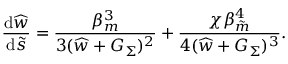
\frac { \mathrm { d } \widehat { w } } { \mathrm { d } \tilde { s } } = \frac { \beta _ { m } ^ { 3 } } { 3 ( \widehat { w } + G _ { \Sigma } ) ^ { 2 } } + \frac { \chi \beta _ { \tilde { m } } ^ { 4 } } { 4 ( \widehat { w } + G _ { \Sigma } ) ^ { 3 } } .